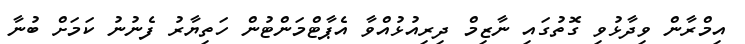
އިމްރާން ވިދާޅުވި ގޮތުގައި ނާޒިމް ދިރިއުޅުއްވާ އެޕާޓްމަންޓުން ހަތިޔާރު ފެނުނު ކަމަށް ބުނާ